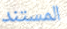
المستند